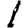
Digit: 1